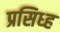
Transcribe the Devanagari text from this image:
प्रसिध्ह